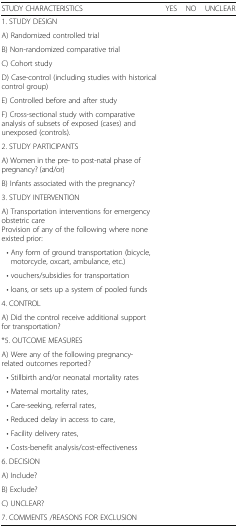
<table><thead><tr><td><b>STUDY CHARACTERISTICS</b></td><td><b>YES</b></td><td><b>NO</b></td><td><b>UNCLEAR</b></td></tr></thead><tbody><tr><td colspan="4">1. STUDY DESIGN</td></tr><tr><td>A) Randomized controlled trial</td><td></td><td></td><td></td></tr><tr><td>B) Non-randomized comparative trial</td><td></td><td></td><td></td></tr><tr><td>C) Cohort study</td><td></td><td></td><td></td></tr><tr><td>D) Case-control (including studies with historical control group)</td><td></td><td></td><td></td></tr><tr><td>E) Controlled before and after study</td><td></td><td></td><td></td></tr><tr><td>F) Cross-sectional study with comparative analysis of subsets of exposed (cases) and unexposed (controls).</td><td></td><td></td><td></td></tr><tr><td colspan="4">2. STUDY PARTICIPANTS</td></tr><tr><td>A) Women in the pre- to post-natal phase of pregnancy? (and/or)</td><td></td><td></td><td></td></tr><tr><td>B) Infants associated with the pregnancy?</td><td></td><td></td><td></td></tr><tr><td>3. STUDY INTERVENTION</td><td></td><td></td><td></td></tr><tr><td>A) Transportation interventions for emergency obstetric careProvision of any of the following where none existed prior:</td><td></td><td></td><td></td></tr><tr><td> • Any form of ground transportation (bicycle, motorcycle, oxcart, ambulance, etc.)</td><td></td><td></td><td></td></tr><tr><td> • vouchers/subsidies for transportation</td><td></td><td></td><td></td></tr><tr><td> • loans, or sets up a system of pooled funds</td><td></td><td></td><td></td></tr><tr><td colspan="4">4. CONTROL</td></tr><tr><td>A) Did the control receive additional support for transportation?</td><td></td><td></td><td></td></tr><tr><td>*5. OUTCOME MEASURES</td><td></td><td></td><td></td></tr><tr><td>A) Were any of the following pregnancy-related outcomes reported?</td><td></td><td></td><td></td></tr><tr><td> • Stillbirth and/or neonatal mortality rates</td><td></td><td></td><td></td></tr><tr><td> • Maternal mortality rates,</td><td></td><td></td><td></td></tr><tr><td> • Care-seeking, referral rates,</td><td></td><td></td><td></td></tr><tr><td> • Reduced delay in access to care,</td><td></td><td></td><td></td></tr><tr><td> • Facility delivery rates,</td><td></td><td></td><td></td></tr><tr><td> • Costs-benefit analysis/cost-effectiveness</td><td></td><td></td><td></td></tr><tr><td colspan="4">6. DECISION</td></tr><tr><td>A) Include?</td><td></td><td></td><td></td></tr><tr><td>B) Exclude?</td><td></td><td></td><td></td></tr><tr><td>C) UNCLEAR?</td><td></td><td></td><td></td></tr><tr><td colspan="4">7. COMMENTS /REASONS FOR EXCLUSION</td></tr></tbody></table>